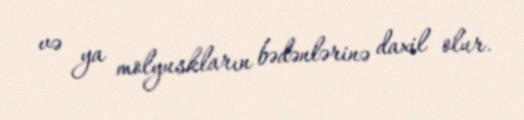
və ya molyuskların bədənlərinə daxil olur.